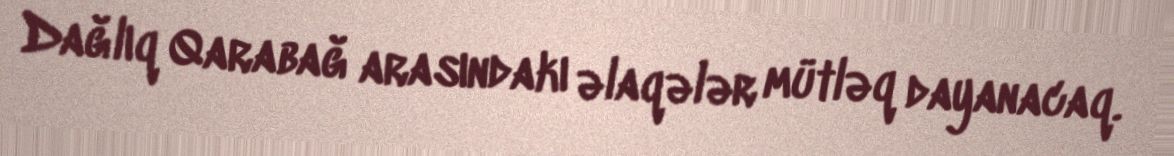
Dağlıq Qarabağ arasındakı əlaqələr mütləq dayanacaq.